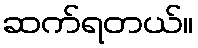
ဆက်ရတယ်။